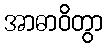
အာဓာဝိတွာ